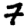
Digit: 7